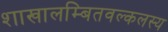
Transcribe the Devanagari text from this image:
शाखालम्बितवल्कलस्य